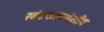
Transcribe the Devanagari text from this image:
खंडकाव्यदेशीय